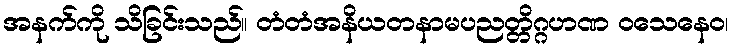
အနက်ကို သိခြင်းသည်။ တံတံအနိယတနာမပညတ္တိဂ္ဂဟဏ ဝသေနေဝ၊